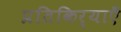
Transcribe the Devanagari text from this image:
प्रतिकिर्याएँ